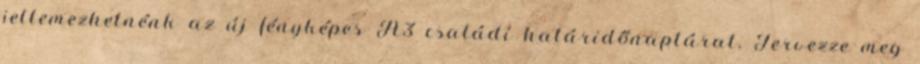
jellemezhetnénk az új fényképes A3 családi határidőnaptárat. Tervezze meg